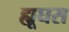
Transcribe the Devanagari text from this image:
ह्यूघस